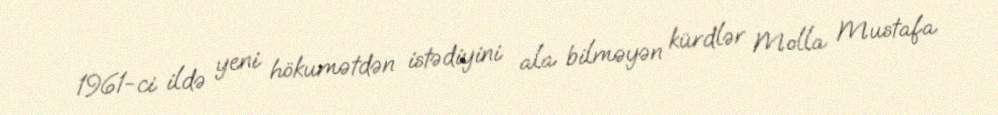
1961-ci ildə yeni hökumətdən istədiyini ala bilməyən kürdlər Molla Mustafa